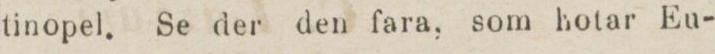
tinopel. Se der den fara, som hotar Eu-